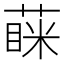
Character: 蔝